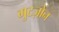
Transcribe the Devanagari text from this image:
गुटज़ोन